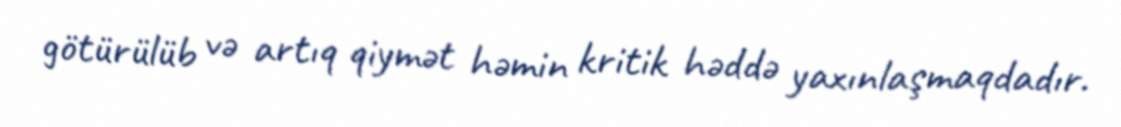
götürülüb və artıq qiymət həmin kritik həddə yaxınlaşmaqdadır.